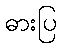
ဓားပြ